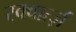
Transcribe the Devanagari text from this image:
स्क्वार्त्ज़